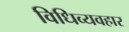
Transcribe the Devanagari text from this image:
विधिव्यवहार